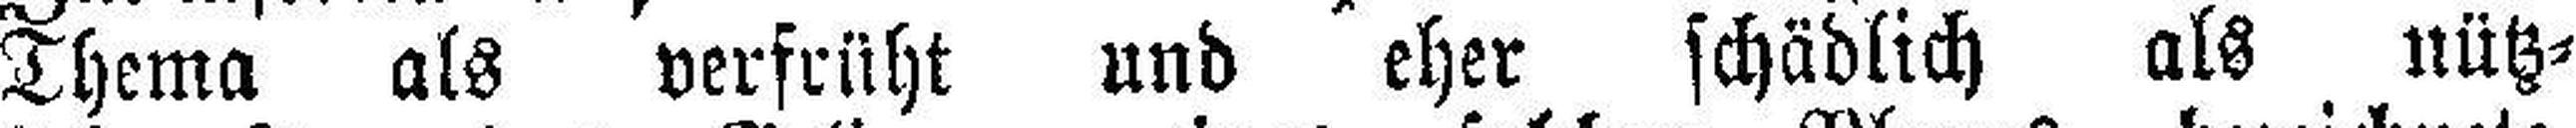
Thema als verfrüht und eher schädlich als nütz¬